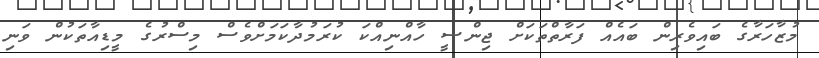
މުޒާހަރާގެ ބައިވެރިން ބައެއް ފަރާތްތަކަށް ޖިންސީ ހާއްނިއްކަ ކުރަމުދާކަމަށްވެސް މިސްރުގެ މީޑިއާތަކުން ވަނި